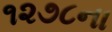
૧૨૭૮ના